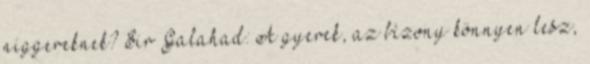
niggereknek? Sir Galahad: A gyerek, az bizony könnyen lesz,